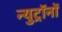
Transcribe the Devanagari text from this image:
न्युट्रॉनों